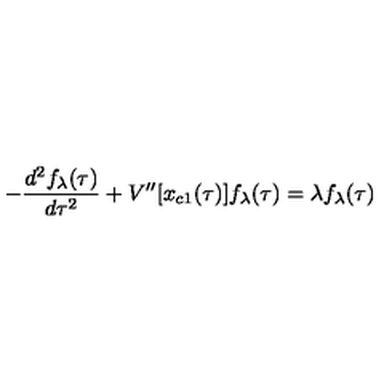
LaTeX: - { \frac { d ^ { 2 } f _ { \lambda } ( \tau ) } { d \tau ^ { 2 } } } + V ^ { \prime \prime } [ x _ { c 1 } ( \tau ) ] f _ { \lambda } ( \tau ) = \lambda f _ { \lambda } ( \tau )